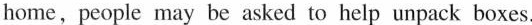
home,people may be asked to help unpack boxes.